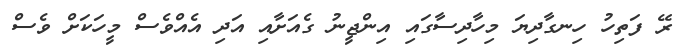
ރޭ ފަތިހު ހިނގާދިޔަ މިހާދިސާގައި އިންޖީނު ގެއަށާއި އަދި އެއްވެސް މީހަކަށް ވެސް